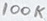
Text: 100K